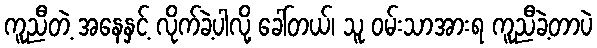
ကူညီတဲ့ အနေနှင့် လိုက်ခဲ့ပါလို့ ခေါ်တယ်၊ သူ ဝမ်းသာအားရ ကူညီခဲ့တာပဲ